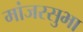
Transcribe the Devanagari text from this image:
मांजरसुभा